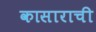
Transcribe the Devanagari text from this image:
कासाराची